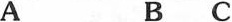
A B C